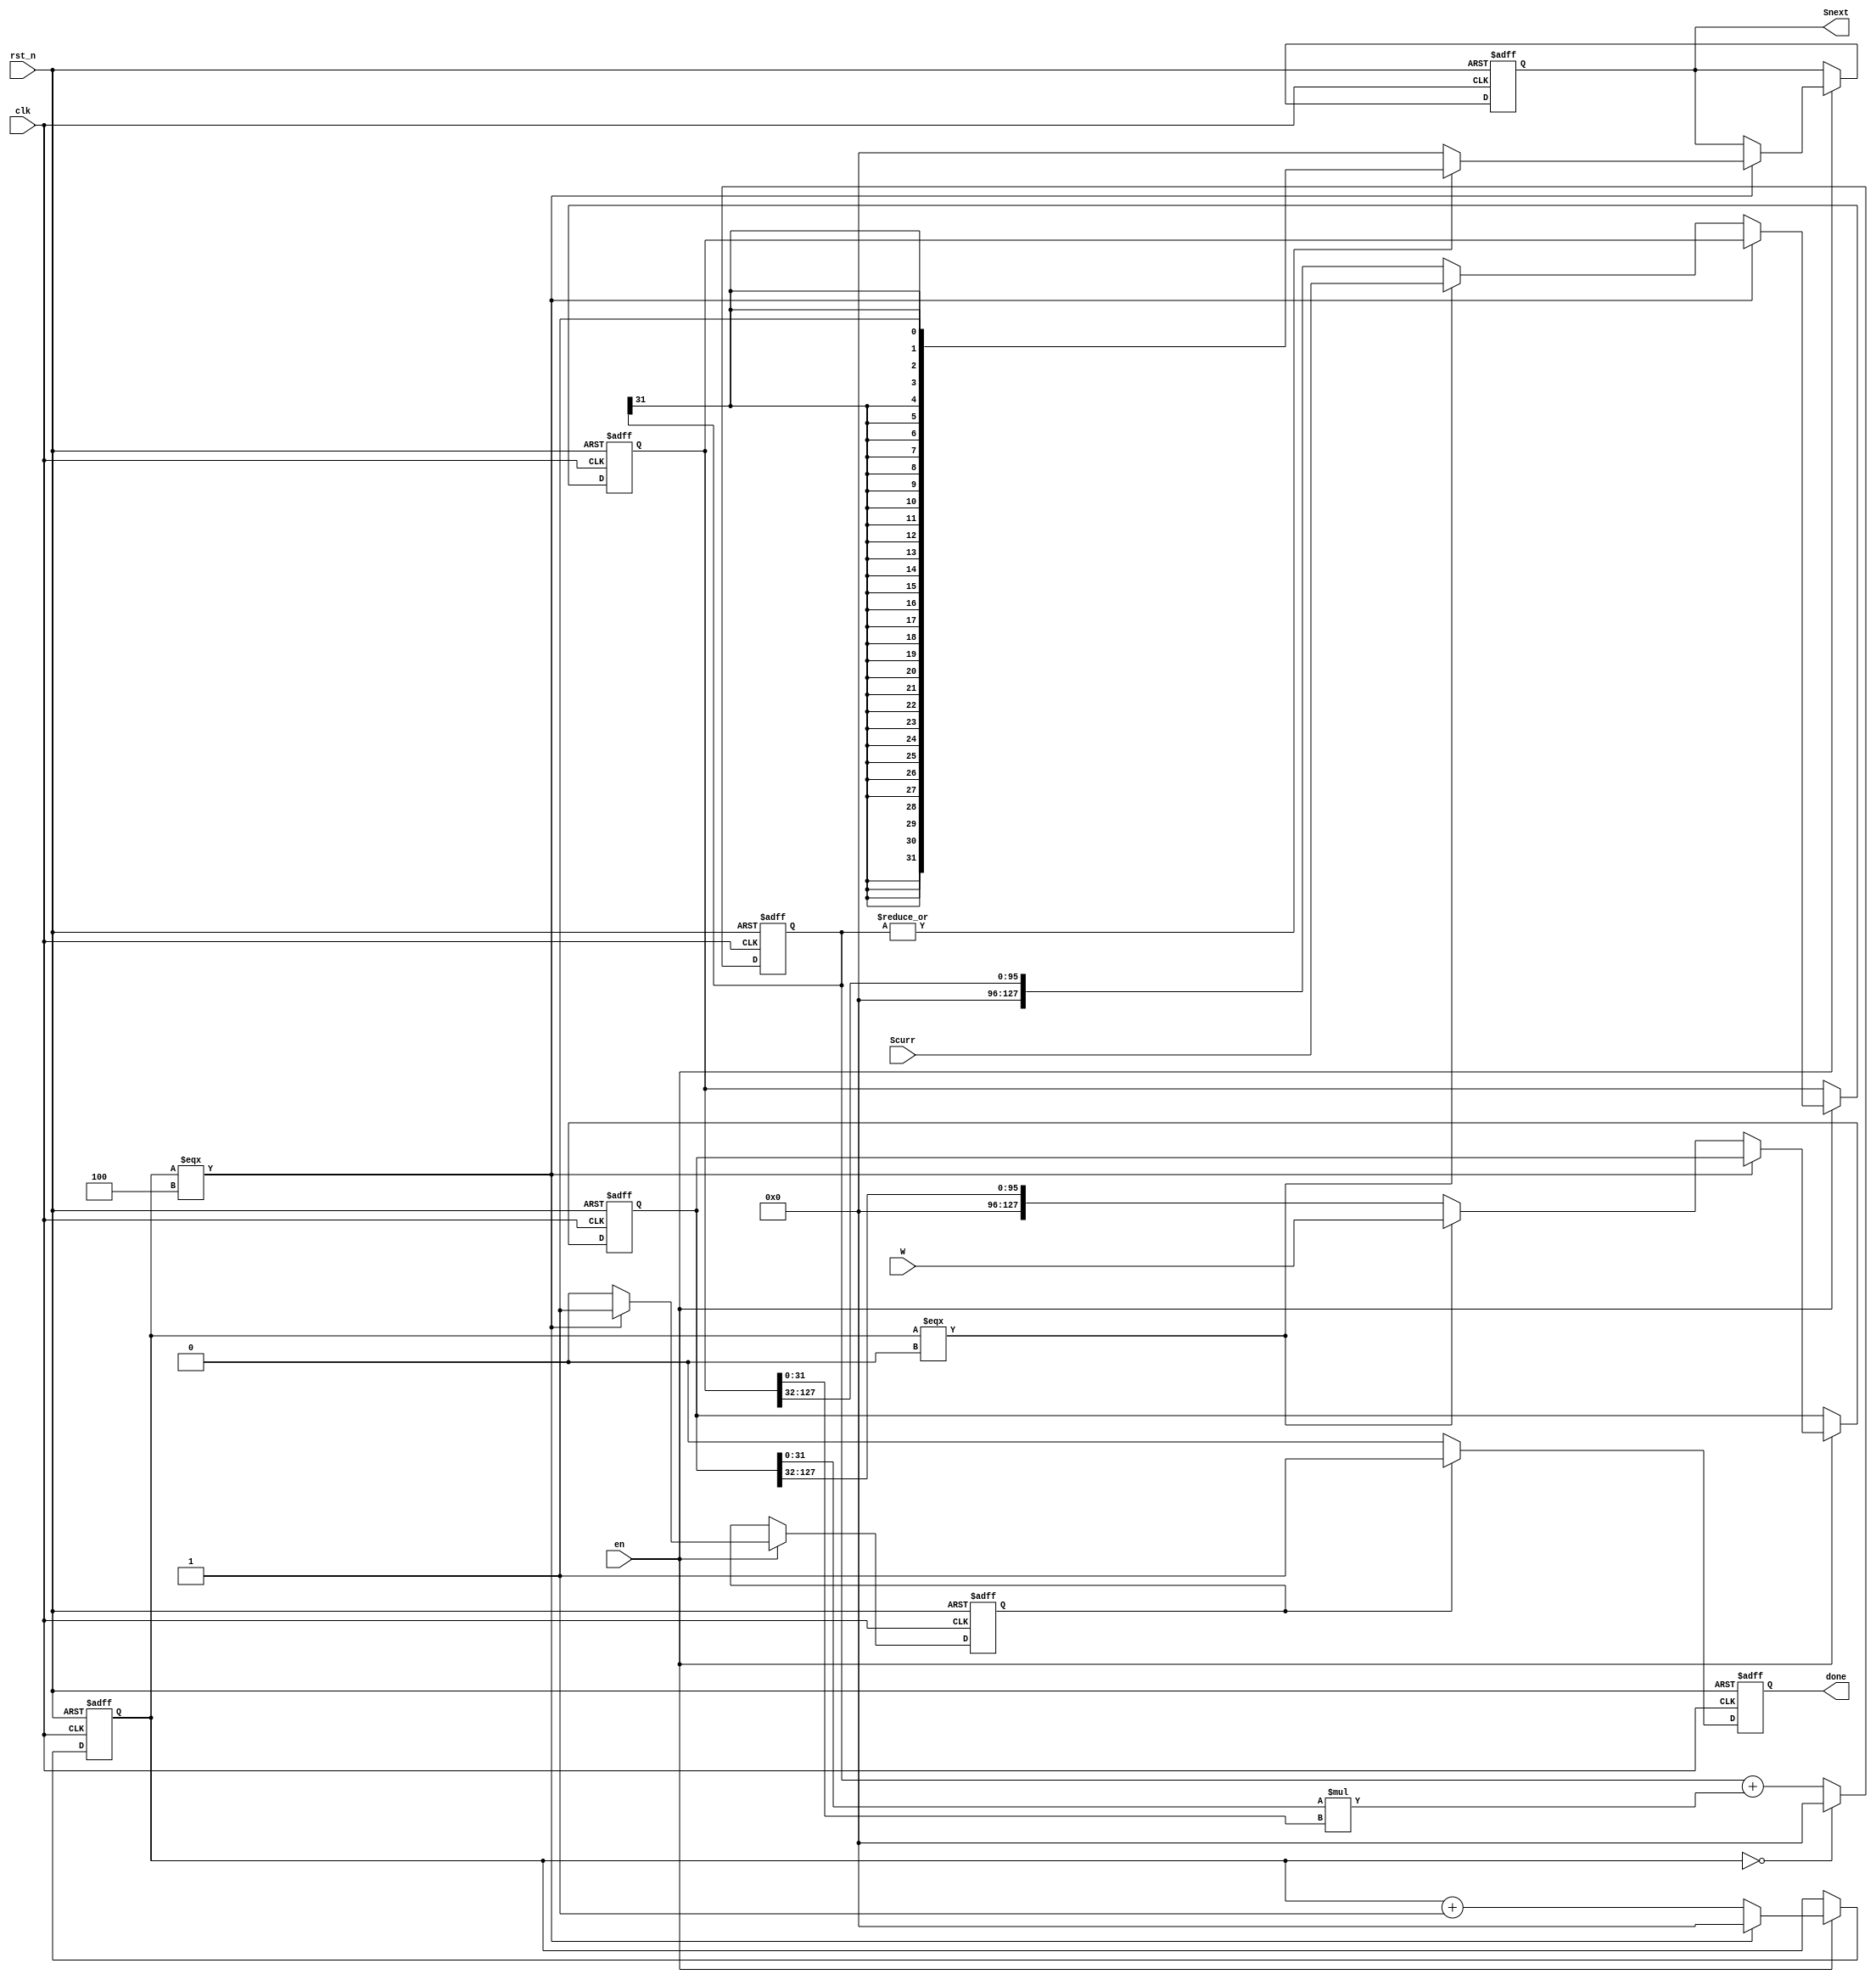
module neuron
(
    input en,
    input clk,
    input rst_n,
    input [SIZE * N - 1 : 0] Scurr,   
    input [SIZE * N - 1 : 0] W,
    output [SIZE - 1 : 0] Snext,
    output done
);
    parameter N = 4;
    parameter SIZE = 32;

    reg [SIZE - 1 : 0] sum = 'd0;
    reg [SIZE * N - 1 : 0] Scurrreg = 'd0;
    reg [SIZE * N - 1 : 0] Wreg = 'd0;
    reg [SIZE - 1 : 0] counter = 'd0;
    reg [SIZE - 1 : 0] Snextreg = 'd0; 
    reg doneReg = 'b0;
	reg saveReg = 'b0;

    integer index, i;

    assign Snext = Snextreg;
    assign done = doneReg;


	always @(negedge clk or negedge rst_n)
	begin
		if(!rst_n)
		begin
			counter <= 'd0;
			Snextreg <= 'd0;
			saveReg <= 'b0;
			Scurrreg <= 'b0;
			Wreg <= 'b0;
		end
		else
		begin
			if(en)
			begin
				if(counter === N)
				begin
					counter <= 'd0;
					saveReg <= 1'b1;
					Snextreg <= (|sum) ? {{SIZE - 1 {sum[SIZE-1]}}, 1'b1} : 'd0;
				end
				else
				begin
					if(counter === 'd0)
					begin
						Scurrreg <= Scurr;
						Wreg <= W;
						saveReg <= 1'b0;
						counter <= counter + 1;
					end
					else
					begin
						Wreg <= Wreg >> SIZE;
						Scurrreg <= Scurrreg >> SIZE;
						saveReg <= 1'b0;
						counter <= counter + 1;
					end
				end
			end
		end
	end
	
    always @(posedge clk or negedge rst_n)
    begin
		if(!rst_n)
		begin
			sum <= 'b0;
			doneReg <= 1'b0;
		end
		else
		begin
			if (!counter) 
			begin
				sum = 'd0;
			end
			else
			begin
				sum = sum + Wreg[SIZE-1:0] * Scurrreg[SIZE-1:0];
			end
			
			if(saveReg)
				doneReg = 1'b1;
			else
				doneReg = 1'b0;
		end
    end


endmodule